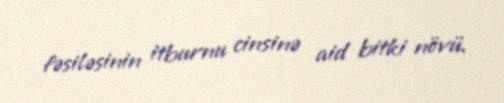
fəsiləsinin i̇tburnu cinsinə aid bitki növü.